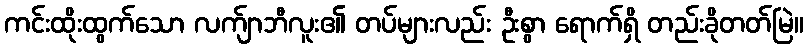
ကင်းထိုးထွက်သော လက်ျာဘီလူး၏ တပ်များလည်း ဦးစွာ ရောက်ရှိ တည်းခိုတတ်မြဲ။